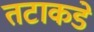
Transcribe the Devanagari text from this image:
तटाकडे